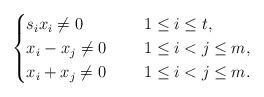
LaTeX: \begin{align*}\begin{cases}s_ix_i\ne0 \quad&\ 1\leq i\leq t,\\x_i - x_j\ne0 \quad&\ 1\leq i<j \leq m,\\x_i + x_j\ne0 \quad&\ 1\leq i<j \leq m.\end{cases}\end{align*}